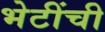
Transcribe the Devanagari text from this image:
भेटींची